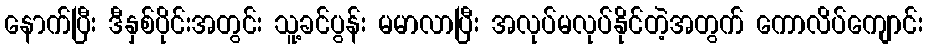
နောက်ပြီး ဒီနှစ်ပိုင်းအတွင်း သူ့ခင်ပွန်း မမာလာပြီး အလုပ်မလုပ်နိုင်တဲ့အတွက် ကောလိပ်ကျောင်း